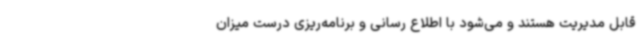
قابل مدیریت هستند و می‌شود با اطلاع رسانی و برنامه‌ریزی درست میزان